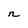
Character: n